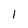
Character: l